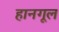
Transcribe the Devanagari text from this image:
हानगूल